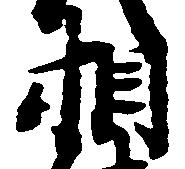
相